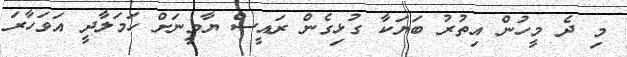
މި ދެ މީހުން އިތުރު ބަޔަކާ ގުޅިގެން ރައީސް ޔާމީނަށް ހަމަލާދީ އަވަހާރަ